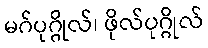
မဂ်ပုဂ္ဂိုလ်၊ ဖိုလ်ပုဂ္ဂိုလ်